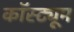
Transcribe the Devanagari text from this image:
कॉस्‍ट्यूम